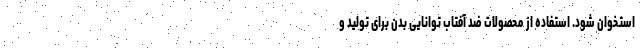
استخوان شود. استفاده از محصولات ضد آفتاب توانایی بدن برای تولید و